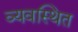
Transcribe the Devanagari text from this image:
व्‍यवस्‍िथत